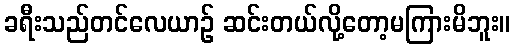
ခရီးသည်တင်လေယာဉ် ဆင်းတယ်လို့တော့မကြားမိဘူး။